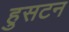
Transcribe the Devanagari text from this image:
हुसटन